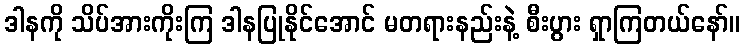
ဒါနကို သိပ်အားကိုးကြ ဒါနပြုနိုင်အောင် မတရားနည်းနဲ့ စီးပွား ရှာကြတယ်နော်။